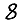
Digit: 8